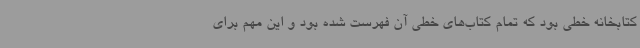
کتابخانه خطی بود که تمام کتاب‌های خطی آن فهرست شده بود و این مهم برای